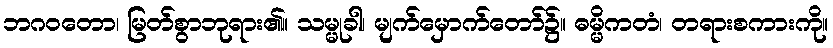
ဘဂဝတော၊ မြတ်စွာဘုရား၏။ သမ္မုခါ၊ မျက်မှောက်တော်၌။ ဓမ္မိကတံ၊ တရားစကားကို။